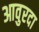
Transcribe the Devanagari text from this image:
आवुरदा